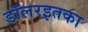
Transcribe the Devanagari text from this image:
डॉलरइतका